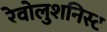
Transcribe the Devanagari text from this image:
रेवोलुशनिस्ट